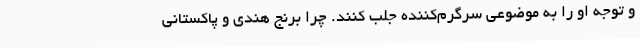
و توجه او را به موضوعی سرگرم‌کننده جلب کنند. چرا برنج هندی و پاکستانی